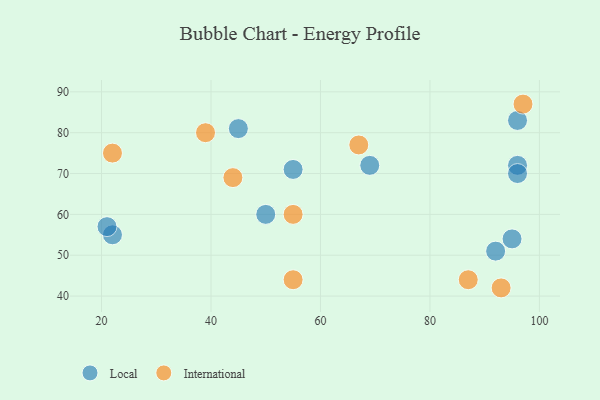
{"axis": {"x": "GDP", "y": "Life Expectancy"}, "legend": ["International", "Local"], "data": [{"x": "22", "y": 55, "type": "Local"}, {"x": "95", "y": 54, "type": "Local"}, {"x": "45", "y": 81, "type": "Local"}, {"x": "96", "y": 83, "type": "Local"}, {"x": "96", "y": 72, "type": "Local"}, {"x": "55", "y": 71, "type": "Local"}, {"x": "69", "y": 72, "type": "Local"}, {"x": "92", "y": 51, "type": "Local"}, {"x": "21", "y": 57, "type": "Local"}, {"x": "96", "y": 70, "type": "Local"}, {"x": "50", "y": 60, "type": "Local"}, {"x": "44", "y": 69, "type": "International"}, {"x": "22", "y": 75, "type": "International"}, {"x": "55", "y": 60, "type": "International"}, {"x": "97", "y": 87, "type": "International"}, {"x": "93", "y": 42, "type": "International"}, {"x": "55", "y": 44, "type": "International"}, {"x": "67", "y": 77, "type": "International"}, {"x": "87", "y": 44, "type": "International"}, {"x": "39", "y": 80, "type": "International"}]}